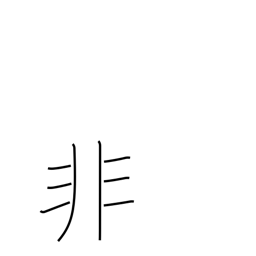
Meaning: mistake